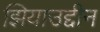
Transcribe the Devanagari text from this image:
झियाउद्दीन